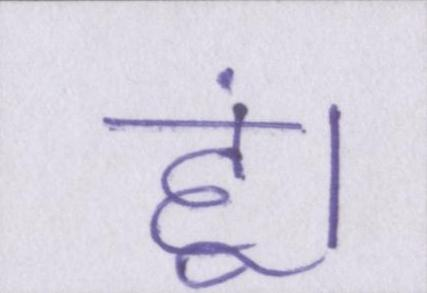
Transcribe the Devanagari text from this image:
हूं।